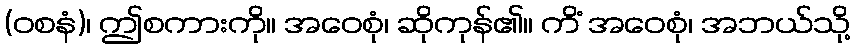
(ဝစနံ)၊ ဤစကားကို။ အဝေစုံ၊ ဆိုကုန်၏။ ကိံ အဝေစုံ၊ အဘယ်သို့